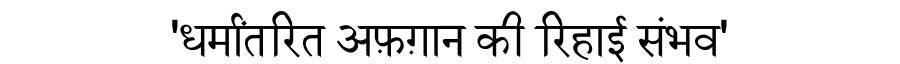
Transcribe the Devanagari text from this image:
'धर्मांतरित अफ़ग़ान की रिहाई संभव'